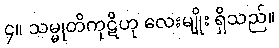
၄။ သမ္မုတိကုဋိဟု လေးမျိုး ရှိသည်။